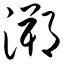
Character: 溯